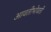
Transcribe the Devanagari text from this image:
आवतीभोवती